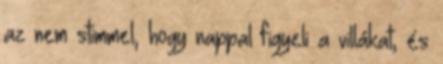
az nem stimmel, hogy nappal figyeli a villákat, és